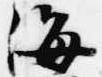
海